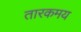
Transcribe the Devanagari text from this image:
तारकमय